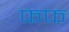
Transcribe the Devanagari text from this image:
फफ